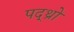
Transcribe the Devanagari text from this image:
पद्थ्रो